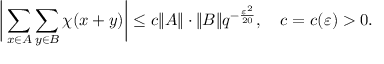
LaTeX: { \biggl | } \sum _ { x \in A } \sum _ { y \in B } \chi ( x + y ) { \biggr | } \leq c \| A \| \cdot \| B \| q ^ { - { \frac { \varepsilon ^ { 2 } } { 2 0 } } } , \quad c = c ( \varepsilon ) > 0 .